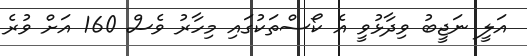
އަލީ ނަޖީބު ވިދާޅުވީ އެ ކޯސްތަކުގައި މިހާރު ވެސް 160 އަށް ވުރެ